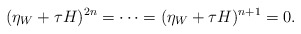
\begin{align*}(\eta_W+\tau H)^{2n}=\cdots=(\eta_W+\tau H)^{n+1}=0.\end{align*}